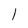
Character: l